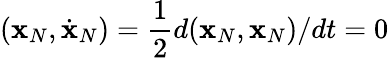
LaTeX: ({\mathbf x}_{N},\dot{\mathbf x}_{N})=\frac 12d({\mathbf x}_{N},{\mathbf x}_{N})/dt=0